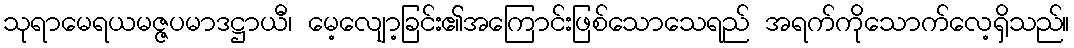
သုရာမေရယမဇ္ဇပမာဒဋ္ဌာယီ၊ မေ့လျော့ခြင်း၏အကြောင်းဖြစ်သောသေရည် အရက်ကိုသောက်လေ့ရှိသည်။